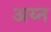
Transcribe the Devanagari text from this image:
अय्न